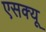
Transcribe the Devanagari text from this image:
एसक्यू